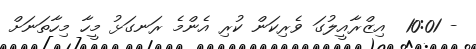
- 10:01  އިޒްރާއީލުގަ ވެރިކަން ކުރި އެންމެ ރަނގަޅު މީހާ މިހާތަނަށް